Report of the Indian Hemp Drugs Commission, 1894-1895 - Volume I
Year: 1894
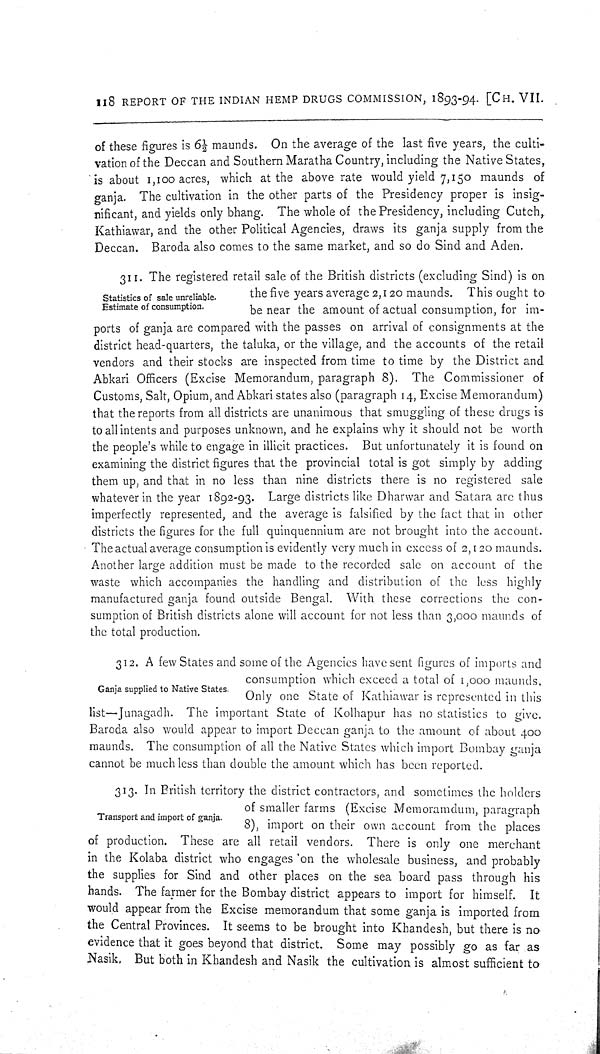
118 REPORT OF THE INDIAN HEMP DRUGS COMMISSION, 1893-94. [CH. VII.
of these figures is 61/2 maunds. On the average of the last five years, the culti-
vation of the Deccan and Southern Maratha Country, including the Native States,
is about 1,100 acres, which at the above rate would yield 7,150 maunds of
ganja. The cultivation in the other parts of the Presidency proper is insig-
nificant, and yields only bhang. The whole of the Presidency, including Cutch,
Kathiawar, and the other Political Agencies, draws its ganja supply from the
Deccan. Baroda also comes to the same market, and so do Sind and Aden.
Statistics of sale unreliable.
Estimate of consumption.
311. The registered retail sale of the British districts (excluding Sind) is on
the five years average 2,120 maunds. This ought to
be near the amount of actual consumption, for im-
ports of ganja are compared with the passes on arrival of consignments at the
district head-quarters, the taluka, or the village, and the accounts of the retail
vendors and their stocks are inspected from time to time by the District and
Abkari Officers (Excise Memorandum, paragraph 8). The Commissioner of
Customs, Salt, Opium, and Abkari states also (paragraph 14, Excise Memorandum)
that the reports from all districts are unanimous that smuggling of these drugs is
to all intents and purposes unknown, and he explains why it should not be worth
the people's while to engage in illicit practices. But unfortunately it is found on
examining the district figures that the provincial total is got simply by adding
them up, and that in no less than nine districts there is no registered sale
whatever in the year 1892-93. Large districts like Dharwar and Satara are thus
imperfectly represented, and the average is falsified by the fact that in other
districts the figures for the full quinquennium are not brought into the account.
The actual average consumption is evidently very much in excess of 2,120 maunds.
Another large addition must be made to the recorded sale on account of the
waste which accompanies the handling and distribution of the less highly
manufactured ganja found outside Bengal. With these corrections the con-
sumption of British districts alone will account for not less than 3,000 maunds of
the total production.
Ganja supplied to Native States.
312. A few States and some of the Agencies have sent figures of imports and
consumption which exceed a total of 1,000 maunds.
Only one State of Kathiawar is represented in this
list—Junagadh. The important State of Kolhapur has no statistics to give.
Baroda also would appear to import Deccan ganja to the amount of about 400
maunds. The consumption of all the Native States which import Bombay ganja
cannot be much less than double the amount which has been reported.
Transport and import of ganja.
313. In British territory the district contractors, and sometimes the holders
of smaller farms (Excise Memoramdum, paragraph
8), import on their own account from the places
of production. These are all retail vendors. There is only one merchant
in the Kolaba district who engages on the wholesale business, and probably
the supplies for Sind and other places on the sea board pass through his
hands. The farmer for the Bombay district appears to import for himself. It
would appear from the Excise memorandum that some ganja is imported from
the Central Provinces. It seems to be brought into Khandesh, but there is no
evidence that it goes beyond that district. Some may possibly go as far as
Nasik. But both in Khandesh and Nasik the cultivation is almost sufficient to